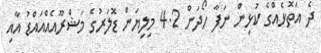
ދެ އަތޮޅެއްގެ ކުޅިން ނަފާ ހޯދަން 4.2 މިލިޔަން ޑޮލަރުގެ މަޝްރޫއެއްއައްޑު އާއި